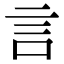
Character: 言